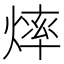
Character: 𱬎